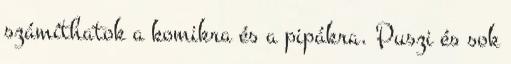
számíthatok a komikra és a pipákra. Puszi és sok